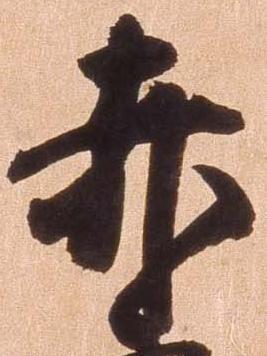
赤